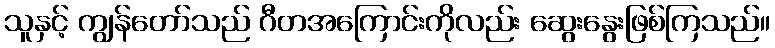
သူနှင့် ကျွန်တော်သည် ဂီတအကြောင်းကိုလည်း ဆွေးနွေးဖြစ်ကြသည်။